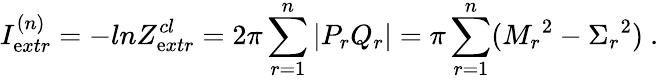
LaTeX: I_{\mathrm{e}xtr}^{(n)}=-lnZ_{\mathrm{e}xtr}^{cl}=2\pi\sum_{r=1}^{n}|P_{r}Q_{r}|=\pi\sum_{r=1}^{n}({M_{r}}^{2}-{\Sigma_{r}}^{2})\ .